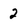
Character: 2